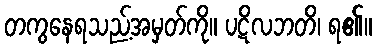
တကွနေရသည့်အမှတ်ကို။ ပဋိလဘတိ၊ ရ၏။